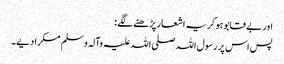
اور بے قابو ہو کر یہ اشعار پڑھنے لگے :
پس اس پر رسول اللہ صلی اللہ علیہ وآلہ وسلم مسکرا دیے۔